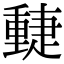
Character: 𨤴